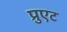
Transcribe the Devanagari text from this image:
प्रुएट